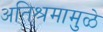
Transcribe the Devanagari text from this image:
अतिश्रमामुळे